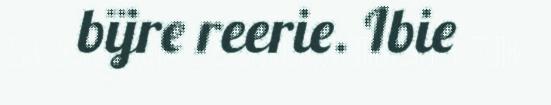
bïjre reerie. Ibie